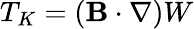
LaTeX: T_{K}=({\mathbf{B}}\cdot\nabla)W